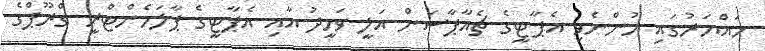
ހައްޔަރުގައި ހުންނެވި އެޕާޓީގެ ޗެއާޕާސަން އަލީ ވަހީދު އާއި އެޕާޓީގެ ޕާލަމެންޓްރީ ގްރޫޕްގެ